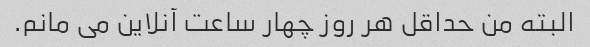
البته من حداقل هر روز چهار ساعت آنلاین می مانم.